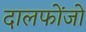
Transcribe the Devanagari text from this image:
दालफोंजो